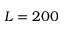
L = 2 0 0